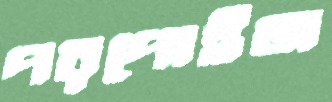
পরপোইজ